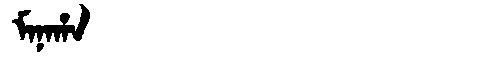
Manchu: ᠮᠠᠨᠠᡥᠠ
Romanization: MANAHA